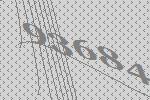
93684